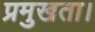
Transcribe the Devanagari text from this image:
प्रमुखता।